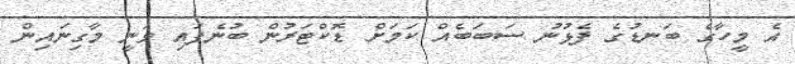
އެ މީހާގެ ބަނޑުގެ ފެޅުނު ސަބަބެއް ކަމަށް ޑޮކްޓަރުން ބުނެފައި ވަނީ މާގިނައިން